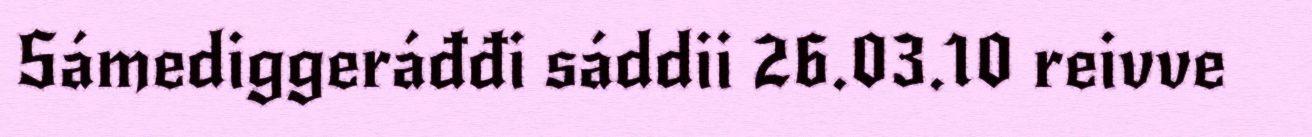
Sámediggeráđđi sáddii 26.03.10 reivve